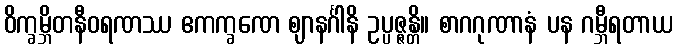
ဝိက္ခမ္ဘိတနီဝရဏဿ ဧကက္ခဏေ ဈာနင်္ဂါနိ ဥပ္ပဇ္ဇန္တိ။ စာဂဂုဏာနံ ပန ဂမ္ဘီရတာယ